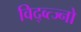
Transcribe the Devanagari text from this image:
विद्व्त्ज्नो